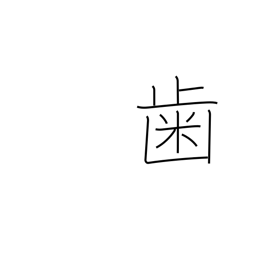
Meaning: tooth